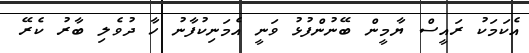
އެކަމަކު ރައީސް ޔާމީން ބޭނުންފުޅު ވަނީ އެމަނިކުފާނު ހާ ދުވެލި ބާރު ކެރޭ